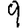
Digit: 9